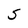
Character: S